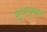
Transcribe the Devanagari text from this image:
शुभगुणहरं